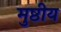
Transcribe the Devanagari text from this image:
मुष्ठीय